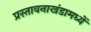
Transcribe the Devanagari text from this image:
प्रस्तावनाखंडामध्यें